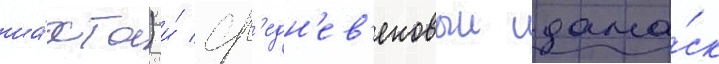
ша́хта) и́ ср'едн'ев'ековыи дама́ск